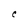
Character: C